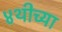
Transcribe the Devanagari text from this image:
४थीच्या